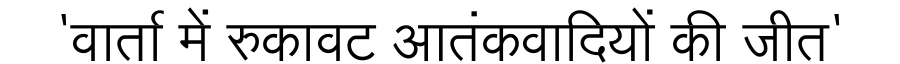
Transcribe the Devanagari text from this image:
'वार्ता में रुकावट आतंकवादियों की जीत'